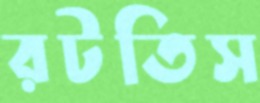
রটতিস